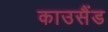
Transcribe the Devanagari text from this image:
काउसैंड